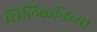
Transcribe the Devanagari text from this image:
सिलिकॉनच्या